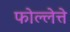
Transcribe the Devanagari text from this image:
फोल्लेत्ते